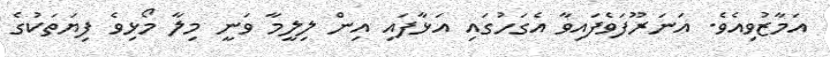
އަމާޒުވިއެވެ. އަނަރޫފަވެފައިވާ އެގަހުގައި އަޅާފައި އިން ލިލީމާ ވަނީ މިލާ މޯޅިވެ ފިޔަތަކުގެ